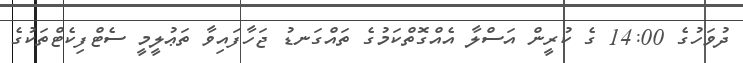
ދުވަހުގެ 14:00 ގެ ކުރީން އަސްލާ އެއްގޮތްކަމުގެ ތައްގަނޑު ޖަހާފައިވާ ތަޢުލީމީ ސެޓްފިކެޓްތަކުގެ